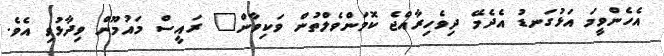
އެހެންވީމަ އަޅުގަނޑު އެދެމޭ ދިވެހިރާއްޖެ ކޮމަންވެލްތުން ވަކިވާން" ރައީސް މައުމޫން ވިދާޅުވި އެވެ.